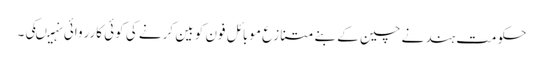
حکومت ہند نے چین کے بنے متنازع موبائل فون کو بین کرنے کی کوئی کارروائی نہیںکی۔